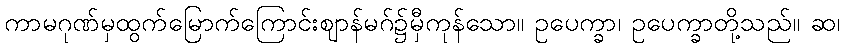
ကာမဂုဏ်မှထွက်မြောက်ကြောင်းဈာန်မဂ်၌မှီကုန်သော။ ဥပေက္ခာ၊ ဥပေက္ခာတို့သည်။ ဆ၊